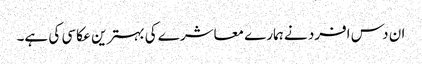
ان دس افرد نے ہمارے معاشرے کی بہترین عکاسی کی ہے۔